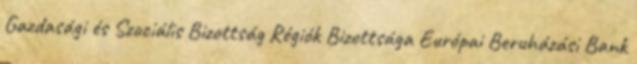
Gazdasági és Szociális Bizottság Régiók Bizottsága Európai Beruházási Bank